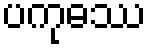
ပကုဓဿ